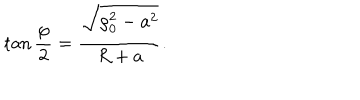
LaTeX: \tan { \frac { \varphi } { 2 } } = { \frac { \sqrt { \rho _ { 0 } ^ { 2 } - a ^ { 2 } } } { R + a } } .